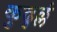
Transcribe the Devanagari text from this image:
कुढुल्लं